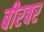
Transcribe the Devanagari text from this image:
बीरबर